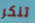
تنكر